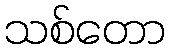
သစ်တော